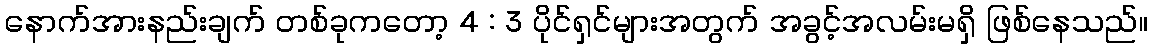
နောက်အားနည်းချက် တစ်ခုကတော့ 4 : 3 ပိုင်ရှင်များအတွက် အခွင့်အလမ်းမရှိ ဖြစ်နေသည်။